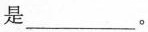
是___。